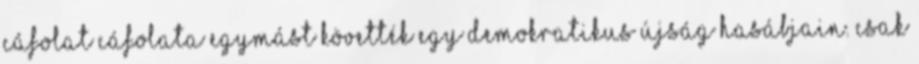
cáfolat cáfolata egymást követték egy demokratikus újság hasábjain. Csak